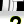
Digit: 2